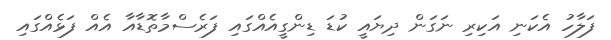
ފަލާހު އެކަނި އަކިރި ނަގަން ދިޔައީ ކުޑަ ޑިންގީއެއްގައި ފަރެސްމާތޮޑާއާ އެއް ފަޅެއްގައި